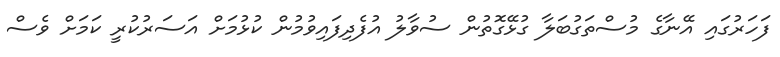
ފަހަރުގައި އޭނާގެ މުސްތަގުބަލާ ގުޅޭގޮތުން ސުވާލު އުފެދިފައިވުމުން ކުޅުމަށް އަސަރުކުރީ ކަމަށް ވެސް